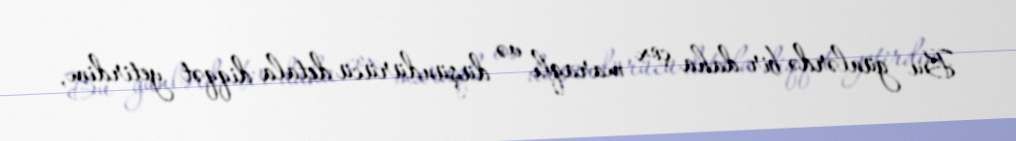
Bu günlərdə bir daha çox maraqlı və düşündürücü detala diqqət yetirdim,